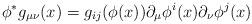
LaTeX: \begin{align*} \phi^*g_{\mu \nu}(x) = g_{ij}(\phi(x)) \partial_\mu \phi^i(x) \partial_\nu \phi^j(x) \end{align*}